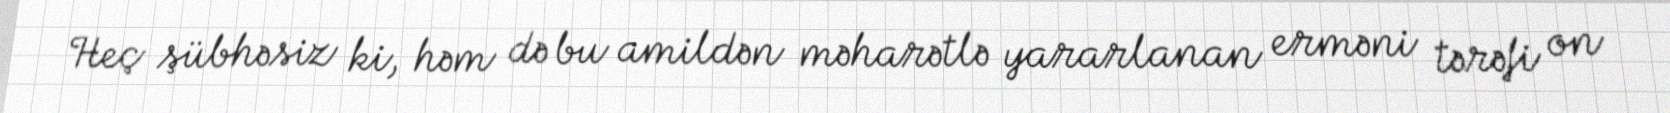
Heç şübhəsiz ki, həm də bu amildən məharətlə yararlanan erməni tərəfi on